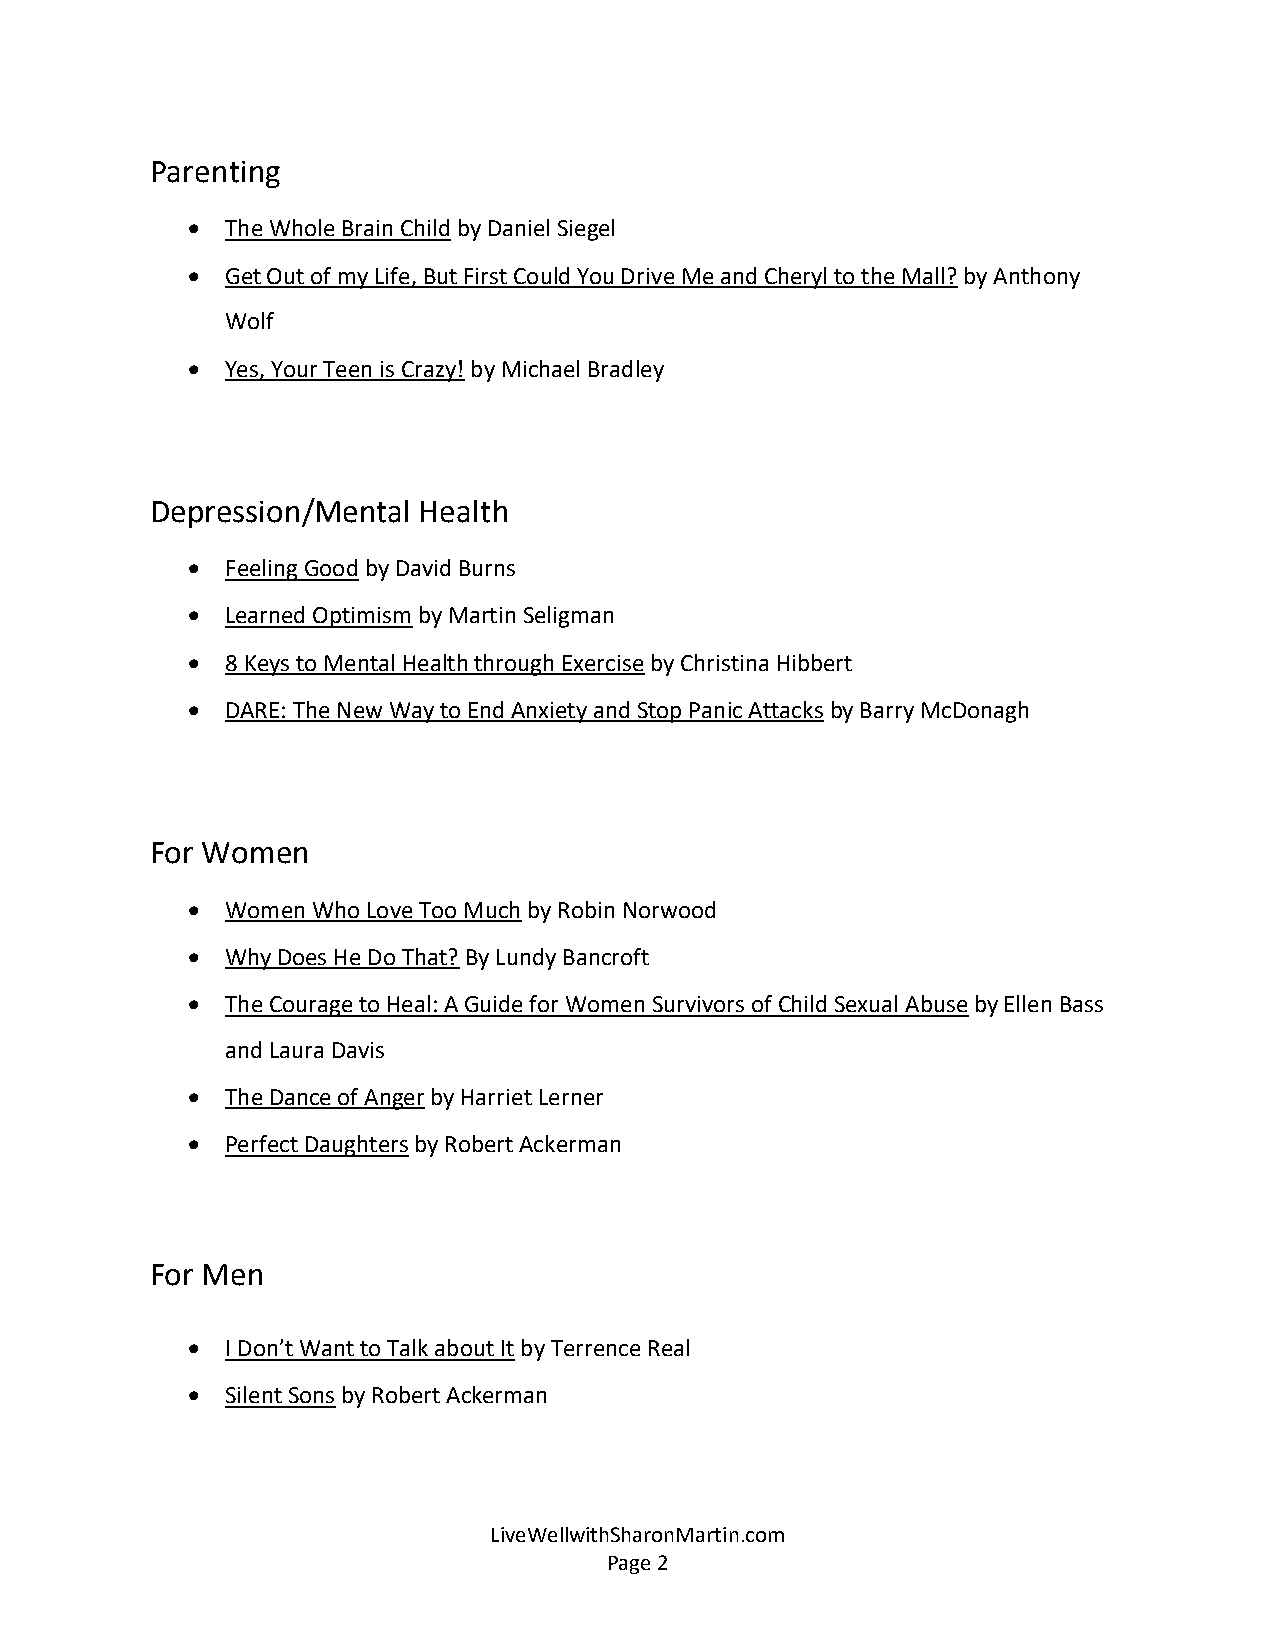
Parenting
 •  The Whole Brain Child by Daniel Siegel
 •  Get Out of my Life, But First Could You Drive Me and Cheryl to the Mall? by Anthony
 Wolf
 •  Yes, Your Teen is Crazy! by Michael Bradley
 Depression/Mental Health
 •  Feeling Good by David Burns
 •  Learned Optimism by Martin Seligman
 •  8 Keys to Mental Health through Exercise by Christina Hibbert
 •  DARE: The New Way to End Anxiety and Stop Panic Attacks by Barry McDonagh
 For Women
 •  Women Who Love Too Much by Robin Norwood
 •  Why Does He Do That? By Lundy Bancroft
 •  The Courage to Heal: A Guide for Women Survivors of Child Sexual Abuse by Ellen Bass
 and Laura Davis
 •  The Dance of Anger by Harriet Lerner
 •  Perfect Daughters by Robert Ackerman
 For Men
 •  I Don’t Want to Talk about It by Terrence Real
 •  Silent Sons by Robert Ackerman
 LiveWellwithSharonMartin.com
 Page 2